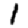
Digit: 1